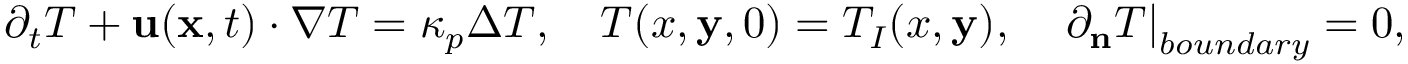
\partial _ { t } T + \mathbf { u } ( \mathbf { x } , t ) \cdot \nabla T = \kappa _ { p } \Delta T , \quad T ( x , \mathbf { y } , 0 ) = T _ { I } ( x , \mathbf { y } ) , \quad \left. \partial _ { \mathbf { n } } T \right| _ { b o u n d a r y } = 0 ,